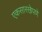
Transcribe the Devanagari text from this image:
एकसारखेपणे